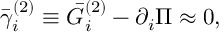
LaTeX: \bar { \gamma } _ { i } ^ { ( 2 ) } \equiv \bar { G } _ { i } ^ { ( 2 ) } - \partial _ { i } \Pi \approx 0 ,